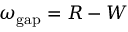
\omega _ { \mathrm { g a p } } = R - W